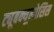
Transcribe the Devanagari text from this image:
ट्यूबक्यूलोसिस